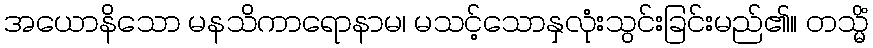
အယောနိသော မနသိကာရောနာမ၊ မသင့်သောနှလုံးသွင်းခြင်းမည်၏။ တသ္မိံ